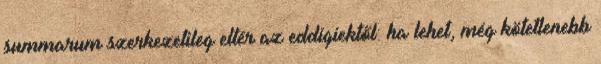
summarum szerkezetileg eltér az eddigiektől: ha lehet, még kötetlenebb